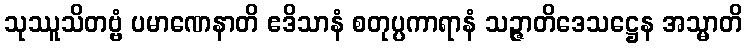
သုဿူသိတဗ္ဗံ ပမာဏေနာတိ ဧဒိသာနံ စတုပ္ပကာရာနံ သဉ္ဇာတိဒေသဋ္ဌေန အသ္မာတိ